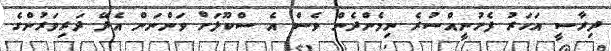
ދިރާސީ އަހަރު ފެށުނީއްސުރެ ނިމެންދެން ވެސް އެ ސްކޫލަށް ވަންނަން އެދޭ ދަރިވަރުންގެ